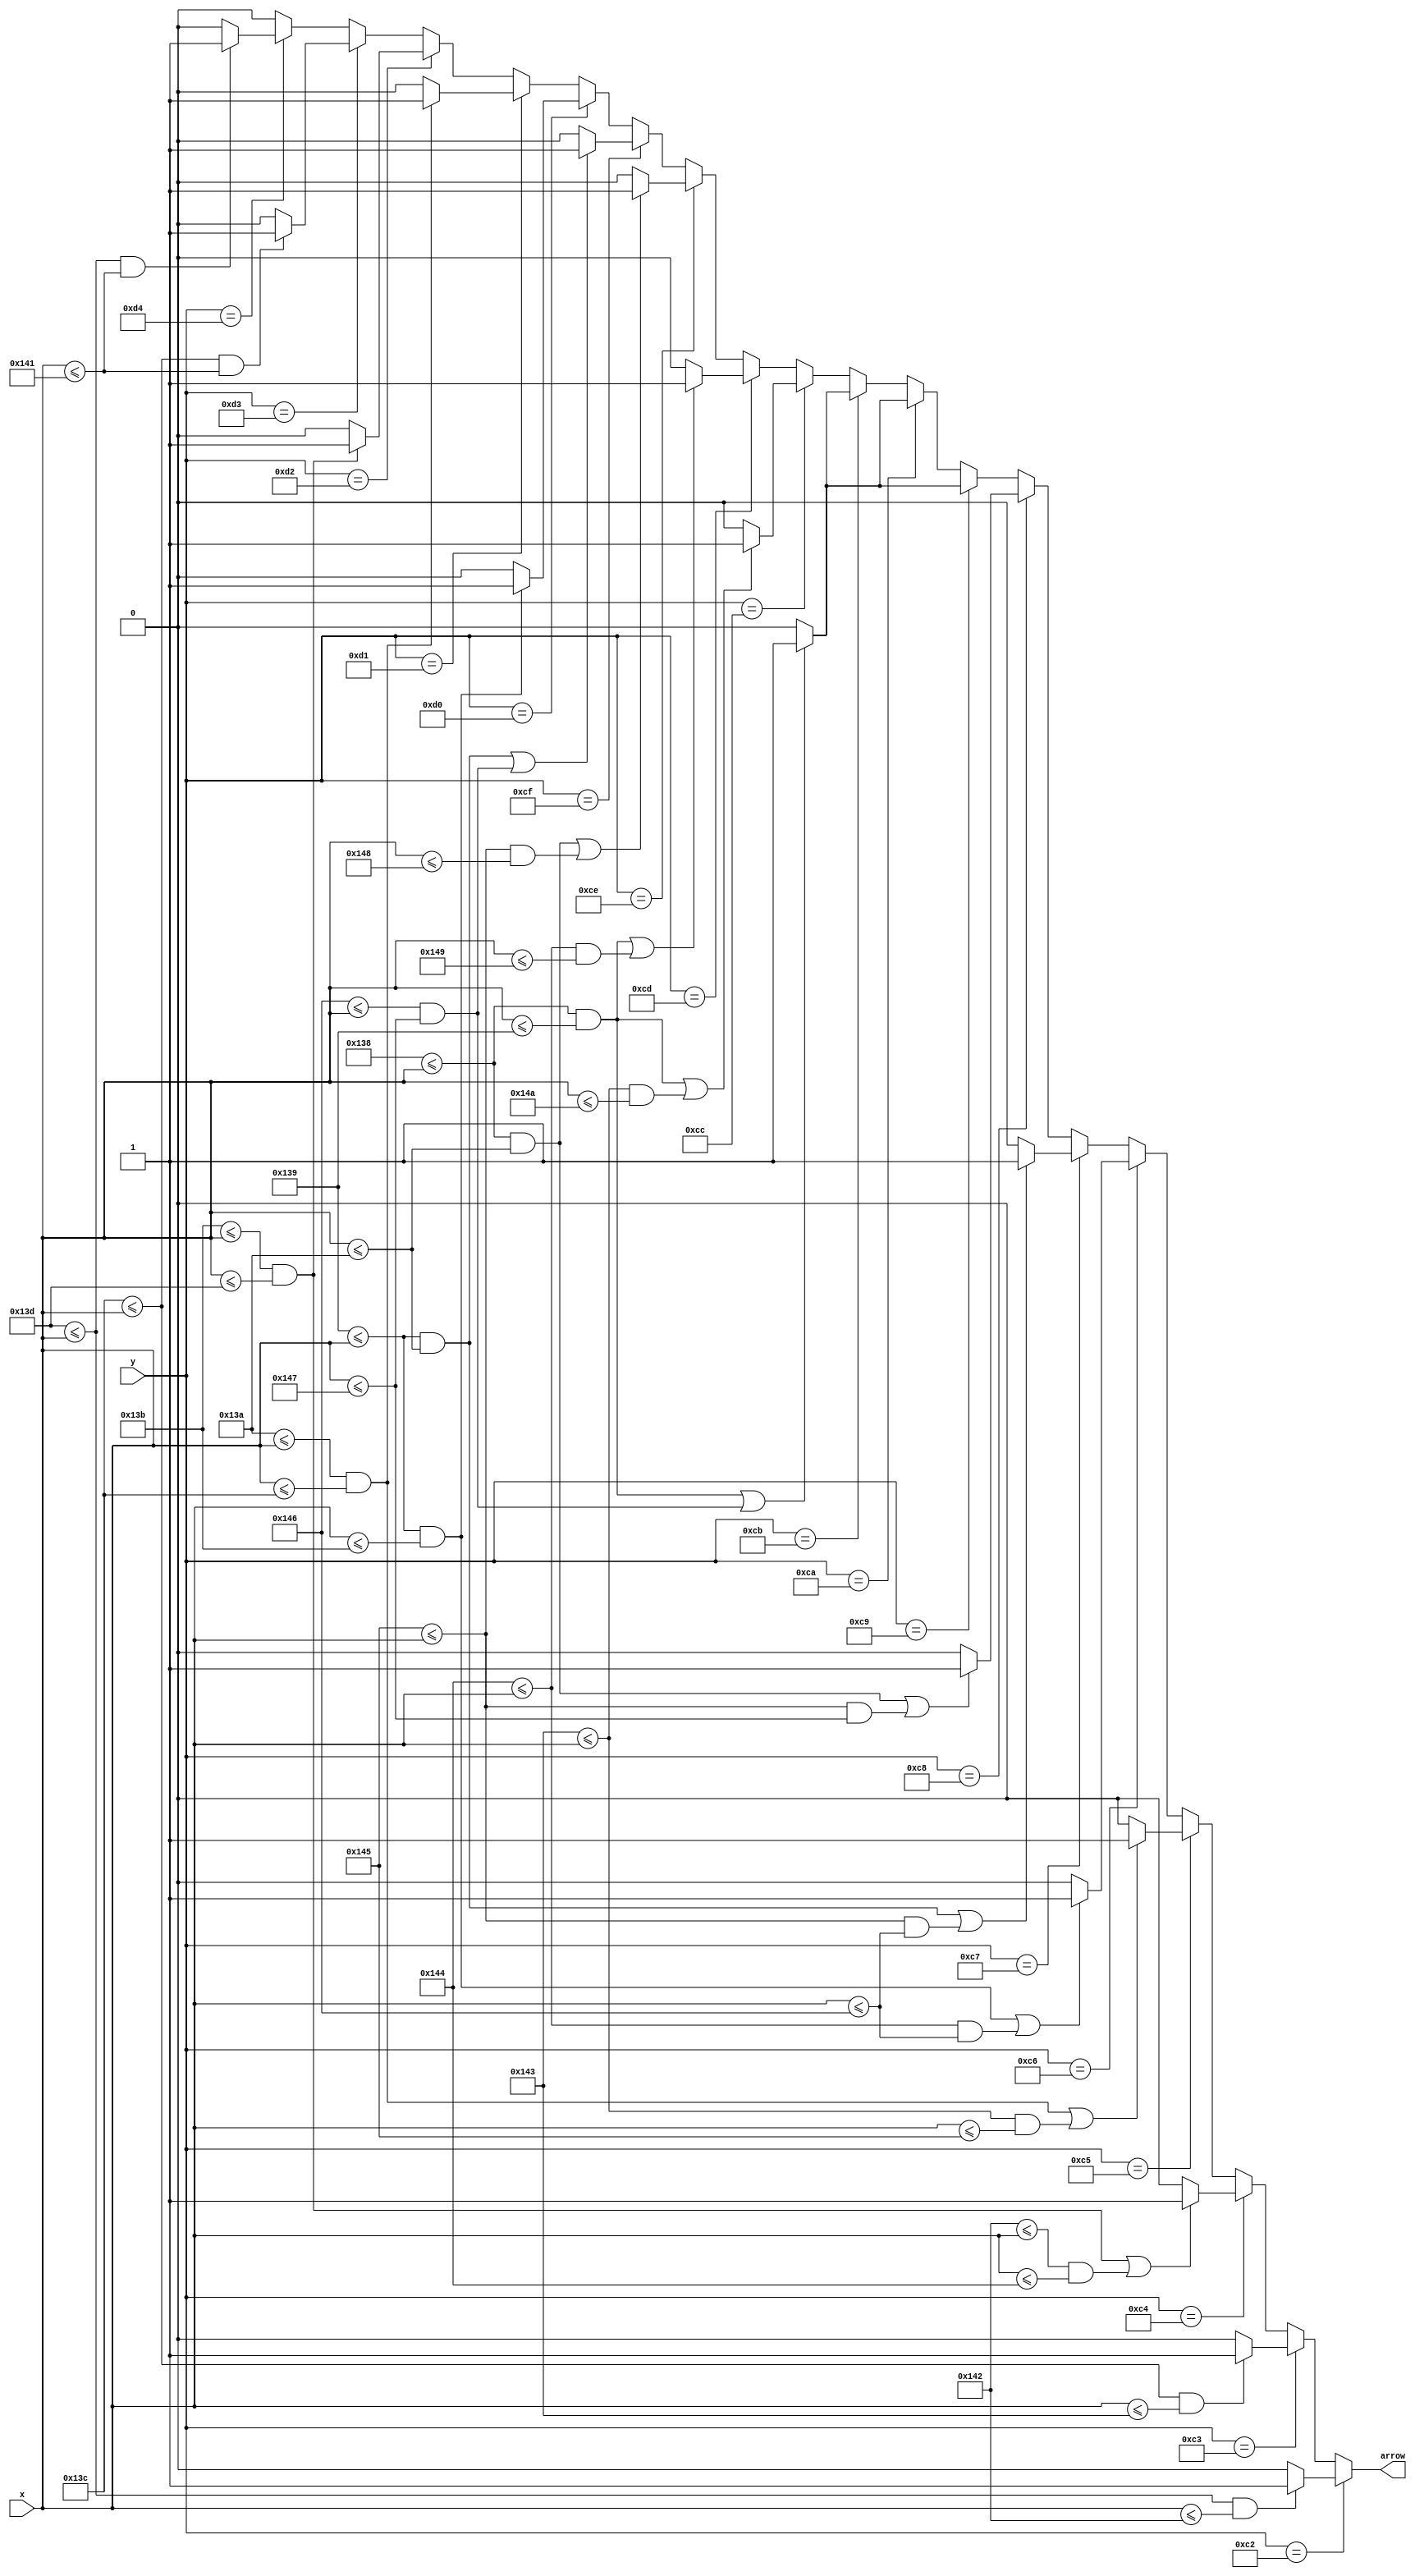
`timescale 1ns / 1ps
//////////////////////////////////////////////////////////////////////////////////
// Company: 
// Engineer: 
// 
// Design Name: 
// Module Name: Arrow
// Project Name: 
// Target Devices: 
// Tool Versions: 
// Description: 
// 
// Dependencies: 
// 
// Revision:
// Revision 0.01 - File Created
// Additional Comments:
// 
//////////////////////////////////////////////////////////////////////////////////


module Arrow(
    input [9:0] x, y,
    output arrow
    );
    reg isArrow;
    always @(x or y)
    begin
        isArrow = 0;
        if(y == 194) begin
            if(317 <= x && x <= 322) begin
                 isArrow = 1;
            end
        end
        else if(y == 195) begin
            if(316 <= x && x <= 323) begin
                 isArrow = 1;
            end
        end
        else if(y == 196) begin
            if((315 <= x && x <= 317)||(322 <= x && x <= 324)) begin
                 isArrow = 1;
            end
        end
        else if(y == 197) begin
            if((314 <= x && x <= 316)||(323 <= x && x <= 325)) begin
                 isArrow = 1;
            end
        end
        else if(y == 198) begin
            if((313 <= x && x <= 315)||(324 <= x && x <= 326)) begin
                 isArrow = 1;
            end
        end
        else if(y == 199) begin
            if((313 <= x && x <= 314)||(325 <= x && x <= 326)) begin
                 isArrow = 1;
            end
        end
        else if(y == 200) begin
            if((312 <= x && x <= 314)||(325 <= x && x <= 327)) begin
                 isArrow = 1;
            end
        end
        else if(y == 201) begin
            if((312 <= x && x <= 313)||(326 <= x && x <= 327)) begin
                 isArrow = 1;
            end
        end
        else if(y == 202) begin
            if((312 <= x && x <= 313)||(326 <= x && x <= 327)) begin
                 isArrow = 1;
            end
        end
        else if(y == 203) begin
            if((312 <= x && x <= 313)||(326 <= x && x <= 327)) begin
                 isArrow = 1;
            end
        end
        else if(y == 204) begin
            if((312 <= x && x <= 313)||(323 <= x && x <= 330)) begin
                 isArrow = 1;
            end
        end
        else if(y == 205) begin
            if((312 <= x && x <= 313)||(324 <= x && x <= 329)) begin
                 isArrow = 1;
            end
        end
        else if(y == 206) begin
            if((312 <= x && x <= 314)||(325 <= x && x <= 328)) begin
                 isArrow = 1;
            end
        end
        else if(y == 207) begin
            if((313 <= x && x <= 314)||(326 <= x && x <= 327)) begin
                 isArrow = 1;
            end
        end
        else if(y == 208) begin
            if(313 <= x && x <= 315) begin
                 isArrow = 1;
            end
        end
        else if(y == 209) begin
            if(314 <= x && x <= 316) begin
                 isArrow = 1;
            end
        end
        else if(y == 210) begin
            if(315 <= x && x <= 317) begin
                 isArrow = 1;
            end
        end
        else if(y == 211) begin
            if(316 <= x && x <= 321) begin
                 isArrow = 1;
            end
        end
        else if(y == 212) begin
            if(317 <= x && x <= 321) begin
                 isArrow = 1;
            end
        end
    end
    assign arrow = isArrow;
    
endmodule